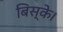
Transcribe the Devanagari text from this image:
बिस्के।